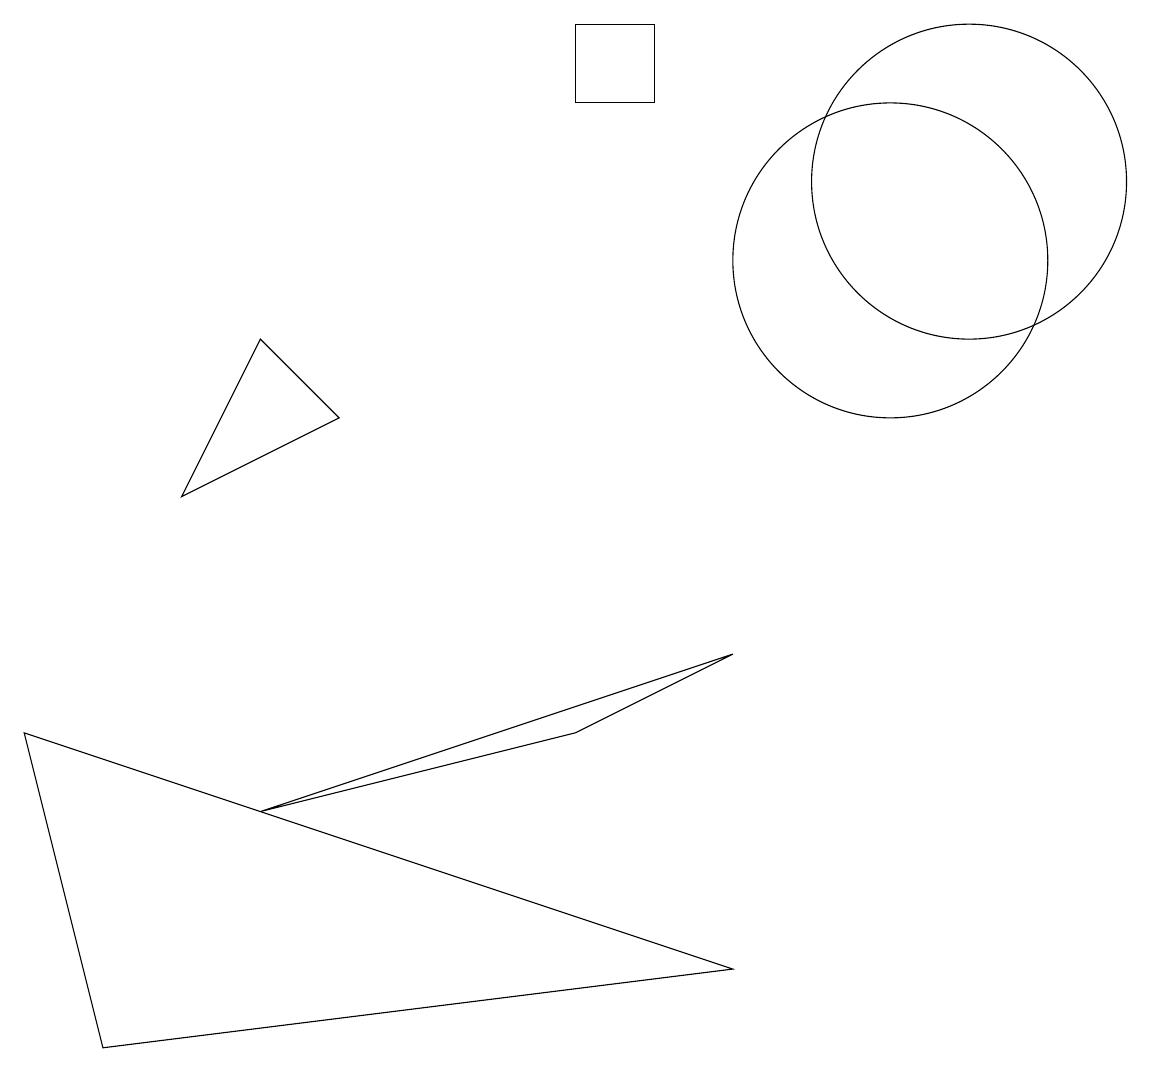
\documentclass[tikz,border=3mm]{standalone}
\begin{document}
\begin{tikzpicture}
\draw (11,10) circle (2);
\draw (9,5) -- (7,4) -- (3,3) -- cycle;
\draw (2,7) -- (3,9) -- (4,8) -- cycle;
\draw (8,13) rectangle (7,12);
\draw (12,11) circle (2);
\draw (1,0) -- (9,1) -- (0,4) -- cycle;
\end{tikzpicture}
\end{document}